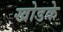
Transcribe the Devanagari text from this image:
खोडके